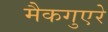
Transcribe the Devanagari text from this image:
मैकगुएरे